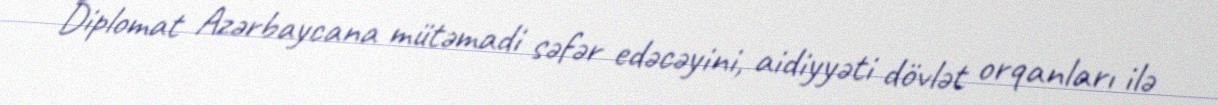
Diplomat Azərbaycana mütəmadi səfər edəcəyini, aidiyyəti dövlət orqanları ilə